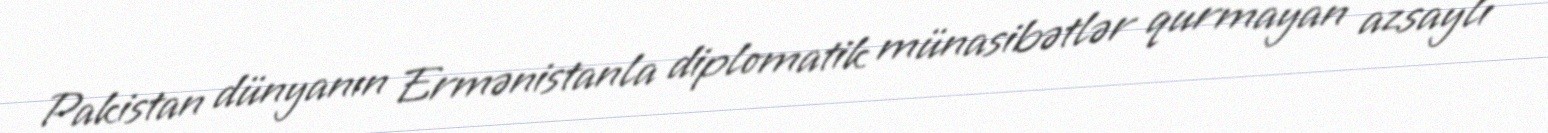
Pakistan dünyanın Ermənistanla diplomatik münasibətlər qurmayan azsaylı